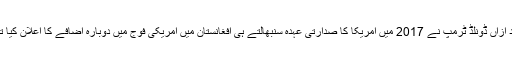
بعد ازاں ڈونلڈ ٹرمپ نے 2017 میں امریکا کا صدارتی عہدہ سنبھالتے ہی افغانستان میں امریکی فوج میں دوبارہ اضافے کا اعلان کیا تھا۔